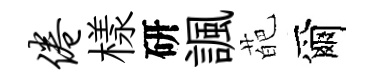
倦樣研諷葩爾